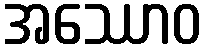
အဿောဝ